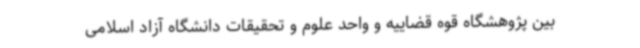
بین پژوهشگاه قوه قضاییه و واحد علوم و تحقیقات دانشگاه آزاد اسلامی